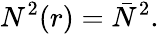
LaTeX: N^{2}(r)=\bar{N}^{2}.